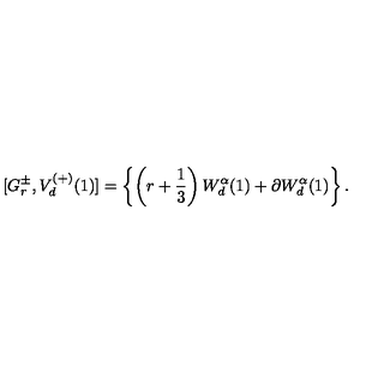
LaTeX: [ G _ { r } ^ { \pm } , V _ { d } ^ { ( + ) } ( 1 ) ] = \left\{ \left( r + { \frac { 1 } { 3 } } \right) W _ { d } ^ { \alpha } ( 1 ) + \partial W _ { d } ^ { \alpha } ( 1 ) \right\} .